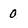
Character: 0